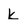
Character: k